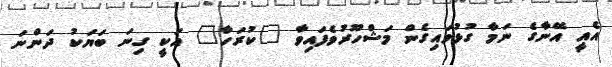
އެއީ އޭނާގެ ނަމާ ގުޅުވައިގެން މަޝްހޫރުވެފައިވާ "ކުރަހާ" އަކީ ގިނަ ބަޔަކު ދަންނަ